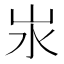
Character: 汖